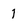
Character: 1